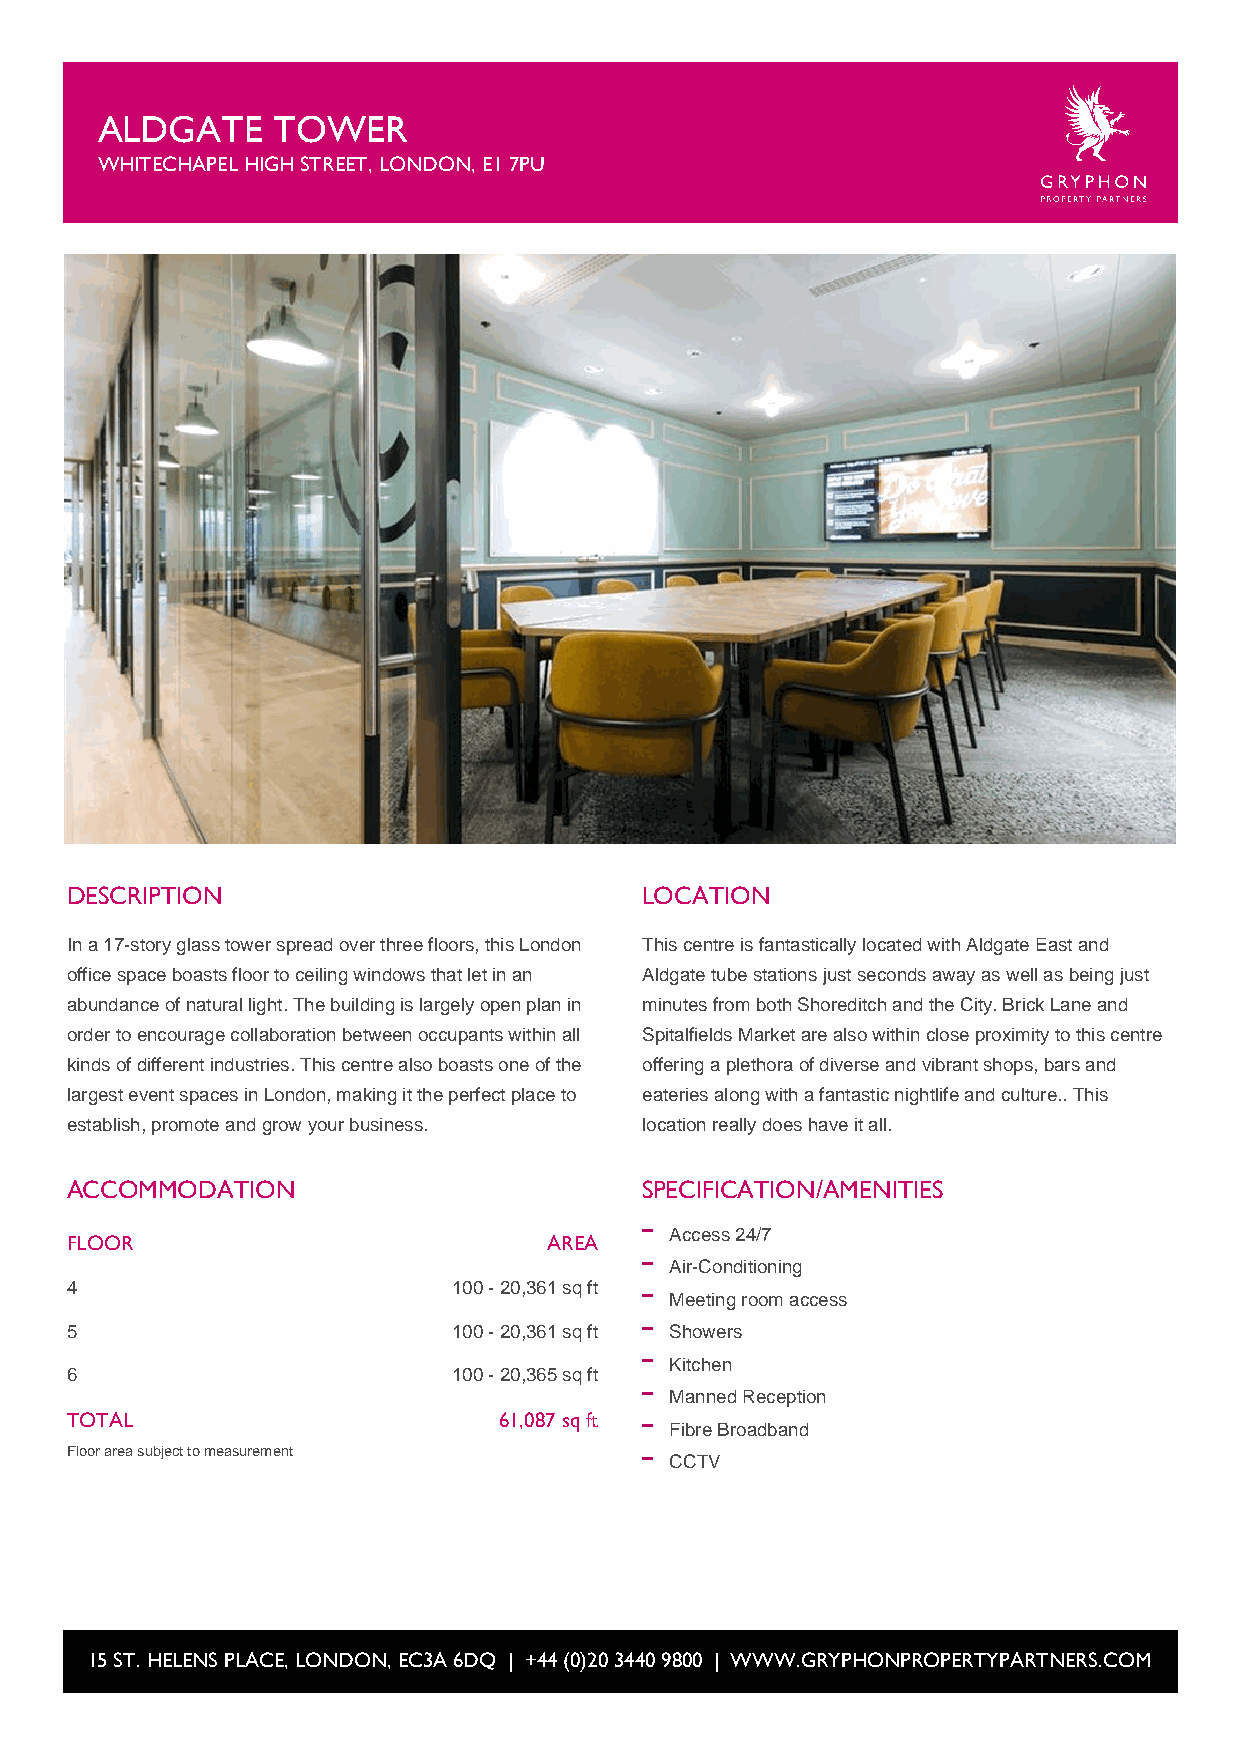
ALDGATE     TOWER
 WHITECHAPEL HIGH STREET, LONDON, E1 7PU
 DESCRIPTION                           LOCATION
 In a 17-story glass tower spread over three floors, this London This centre is fantastically located with Aldgate East and
 office space boasts floor to ceiling windows that let in an Aldgate tube stations just seconds away as well as being just
 abundance of natural light. The building is largely open plan in minutes from both Shoreditch and the City. Brick Lane and
 order to encourage collaboration between occupants within all Spitalfields Market are also within close proximity to this centre
 kinds of different industries. This centre also boasts one of the offering a plethora of diverse and vibrant shops, bars and
 largest event spaces in London, making it the perfect place to eateries along with a fantastic nightlife and culture.. This
 establish, promote and grow your business. location really does have it all.
 ACCOMMODATION                         SPECIFICATION/AMENITIES
 Access 24/7
 FLOOR                           AREA
 Air-Conditioning
 4                         100 - 20,361 sq ft
 Meeting room access
 5                         100 - 20,361 sq ft Showers
 Kitchen
 6                         100 - 20,365 sq ft
 Manned Reception
 TOTAL                        61,087 sq ft
 Fibre Broadband
 Floor area subject to measurement
 CCTV
 15 ST. HELENS PLACE, LONDON, EC3A 6DQ | +44 (0)20 3440 9800 | WWW.GRYPHONPROPERTYPARTNERS.COM